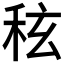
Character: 𮃀